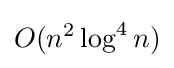
O(n^{2}\log ^{4}n)